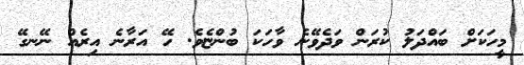
މީހަކަށް ބައްދަލު ކުރަން ވަދެވޭނެ ވާހަކަ ބުންޏެވެ. ހޭ އަރާނެ އިރެއް ނޭނގޭ